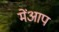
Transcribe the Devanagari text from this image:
मेंआप